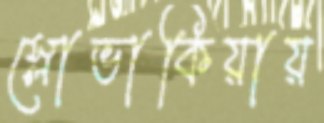
স্লোভাকিয়ায়